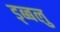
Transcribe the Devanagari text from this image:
ड्ब्बलु